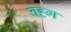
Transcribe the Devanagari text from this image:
वह्ग